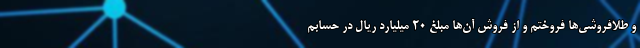
و طلافروشی‌ها فروختم و از فروش آن‌ها مبلغ ۲۰ میلیارد ریال در حسابم